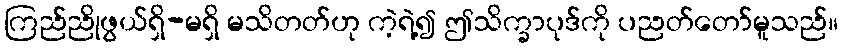
ကြည်ညိုဖွယ်ရှိ-မရှိ မသိတတ်ဟု ကဲ့ရဲ့၍ ဤသိက္ခာပုဒ်ကို ပညတ်တော်မူသည်။